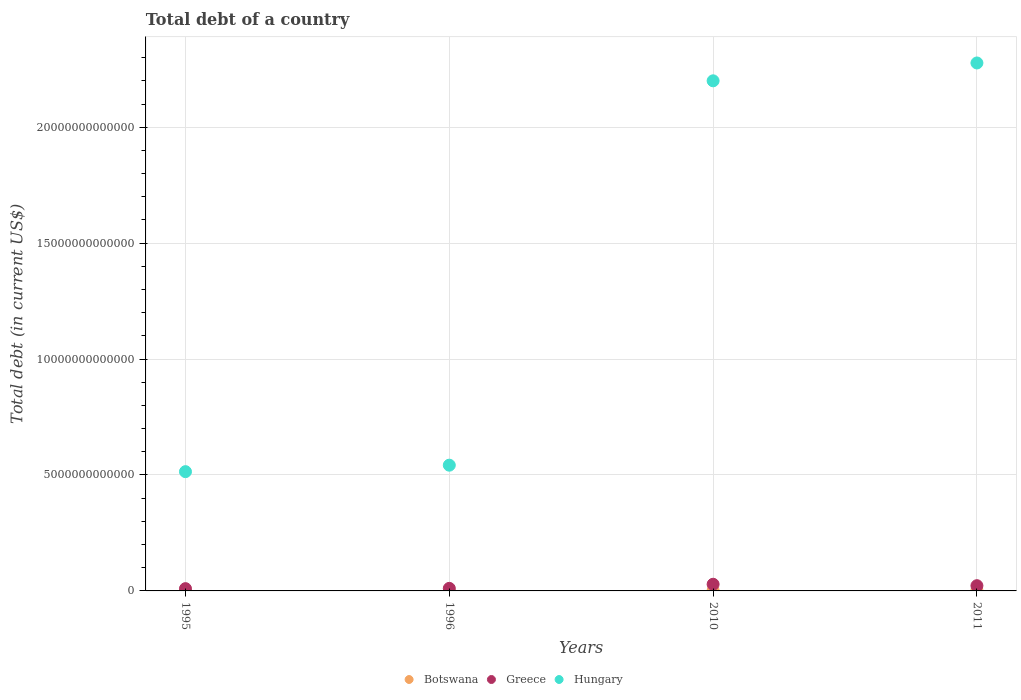
| Years | Botswana | Greece | Hungary |
 | --- | --- | --- | --- |
 | 1995 | 1.44e+09 | 9.79e+10 | 5.14e+12 |
 | 1996 | 1.8e+09 | 1.1e+11 | 5.42e+12 |
 | 2010 | 1.88e+10 | 2.87e+11 | 2.2e+13 |
 | 2011 | 2.13e+10 | 2.26e+11 | 2.28e+13 |